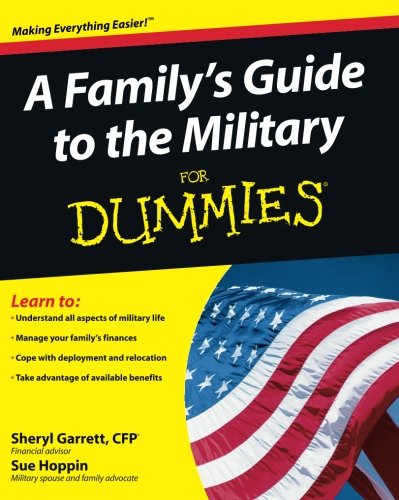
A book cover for A Family's Guide to the Military For Dummies; Sheryl Garrett; Parenting & Relationships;